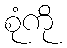
စုံကို